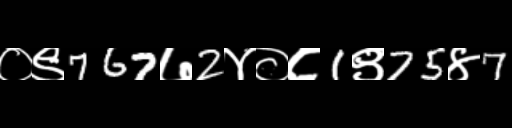
Text: ०९767७2४०८1९75४7